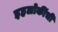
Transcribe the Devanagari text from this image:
इहलोकींची